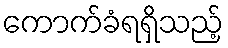
ကောက်ခံရရှိသည့်